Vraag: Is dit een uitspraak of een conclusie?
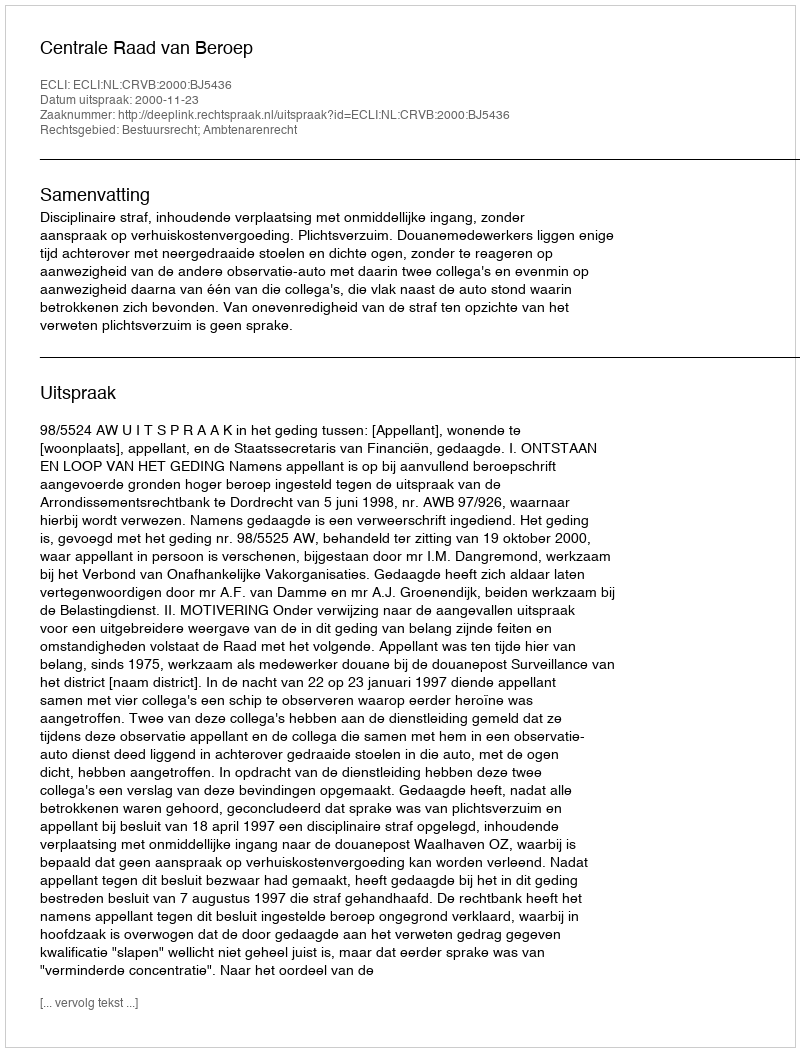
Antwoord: Uitspraak